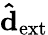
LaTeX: \mathbf{\hat{d}_{\mathrm{ext}}}